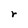
Character: r